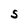
Character: S